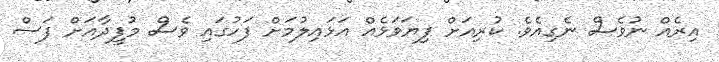
އިރެއް ނުވެސް ނެގިއެވެ. ކުރިއަށް ފިޔަވަޅެއް އަޅައިލުމަށް ފަހުގައި ވެސް މުފީދާއަށް ފަސް